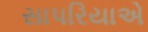
સાપરિયાએ